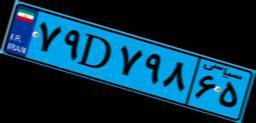
۹۵D۶۸۳۶۲